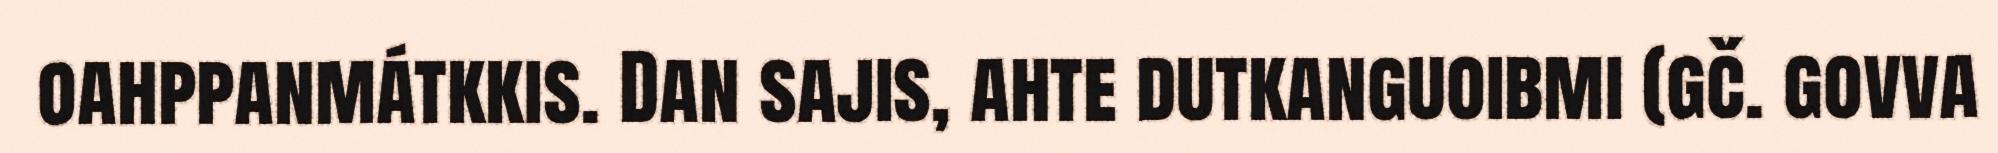
oahppanmátkkis. Dan sajis, ahte dutkanguoibmi (gč. govva